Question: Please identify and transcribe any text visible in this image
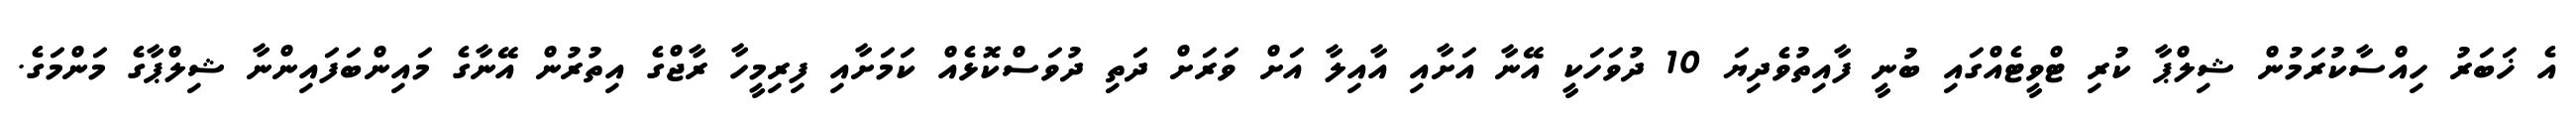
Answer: އެ ޚަބަރު ހިއްސާކުރަމުން ޝިލްޕާ ކުރި ޓްވީޓެއްގައި ބުނީ ފާއިތުވެދިޔަ 10 ދުވަހަކީ އޭނާ އަށާއި އާއިލާ އަށް ވަރަށް ދަތި ދުވަސްކޮޅެއް ކަމަށާއި ފިރިމީހާ ރާޖްގެ އިތުރުން އޭނާގެ މައިންބަފައިންނާ ޝިލްޕާގެ މަންމަގެ.